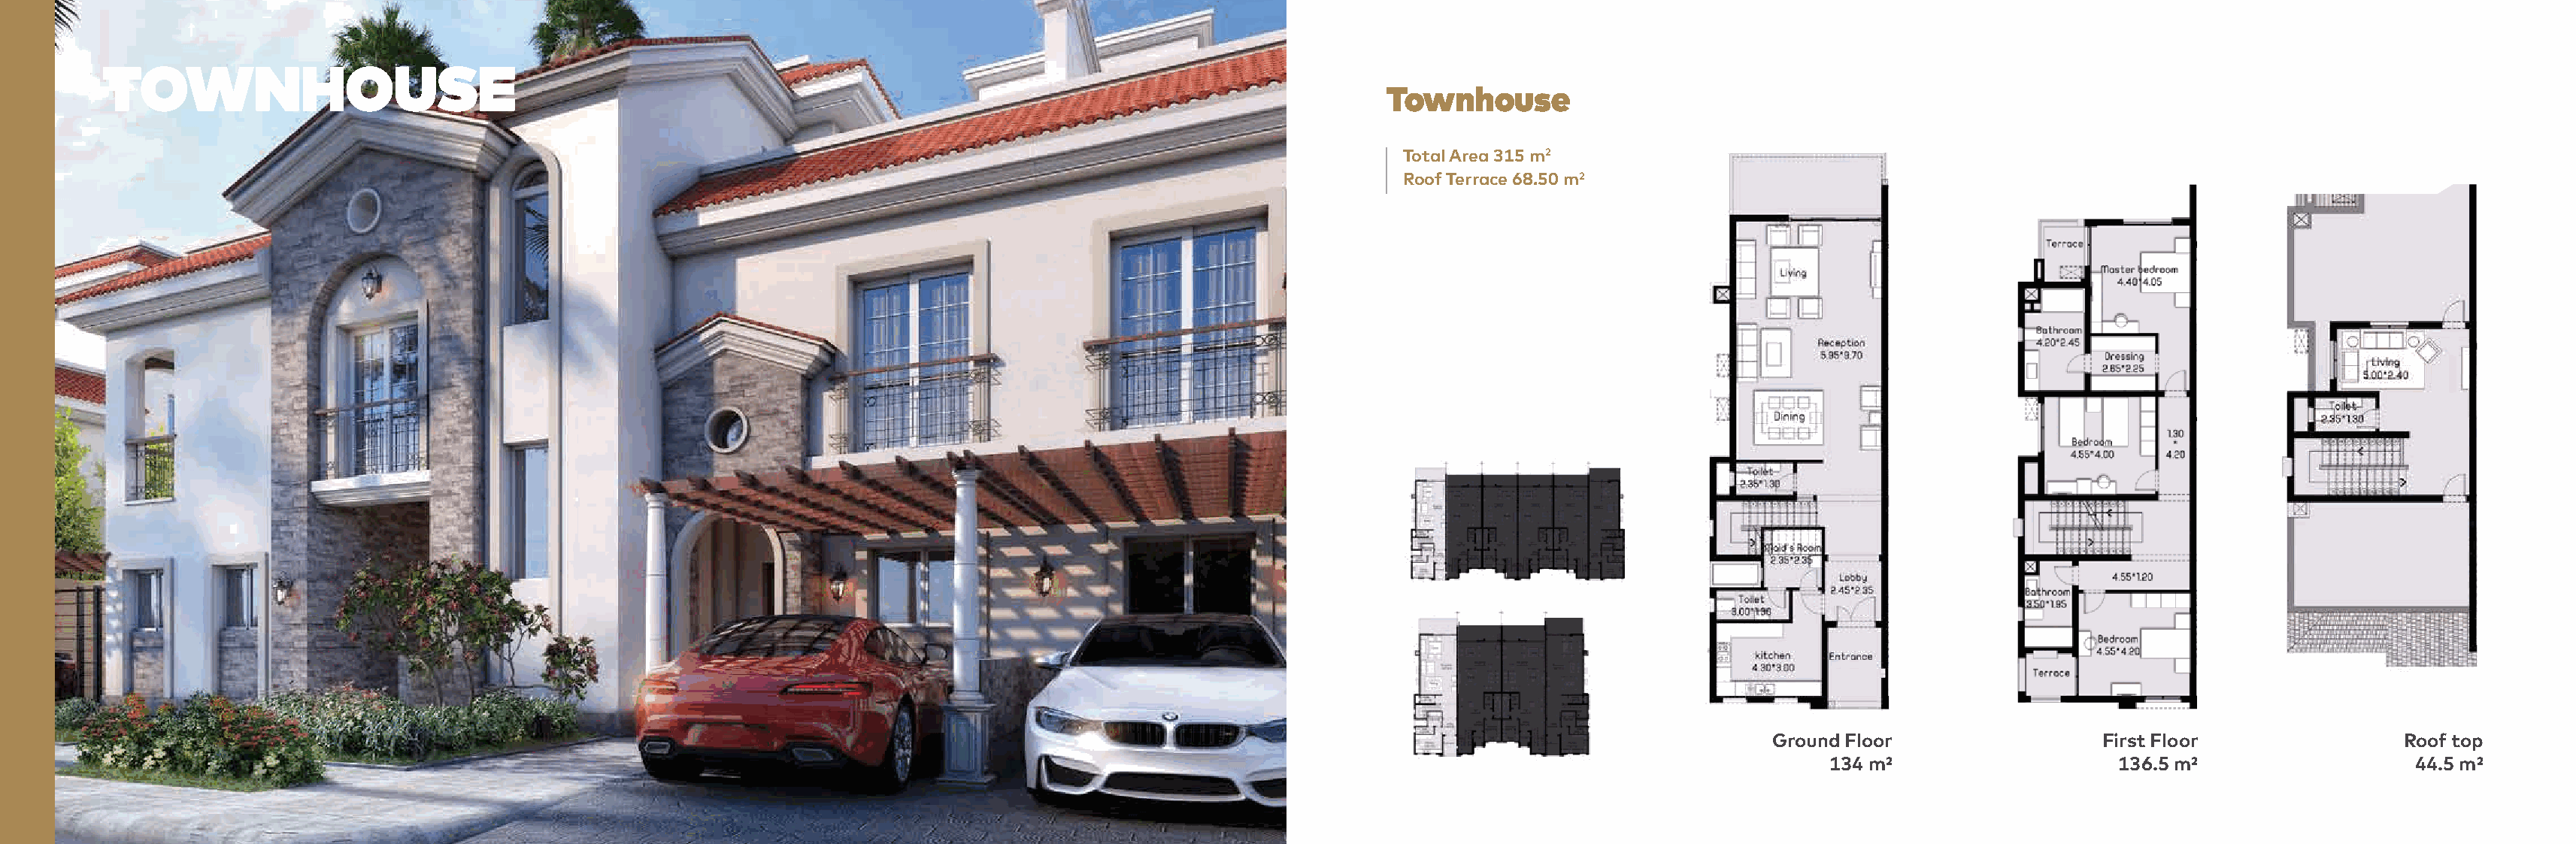
TOWNHOUSE
 Townhouse
 Total Area 315 m2
 Roof Terrace 68.50 m2
 Ground Floor                 First Floor                Roof top
 134 m²                   136.5 m²                   44.5 m²